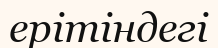
ерітіндегі